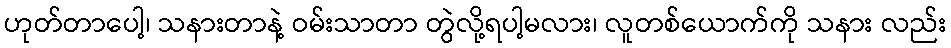
ဟုတ်တာပေါ့၊ သနားတာနဲ့ ဝမ်းသာတာ တွဲလို့ရပါ့မလား၊ လူတစ်ယောက်ကို သနား လည်း